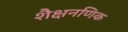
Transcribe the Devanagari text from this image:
शैक्षनणिक